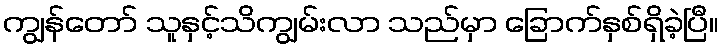
ကျွန်တော် သူနှင့်သိကျွမ်းလာ သည်မှာ ခြောက်နှစ်ရှိခဲ့ပြီ။